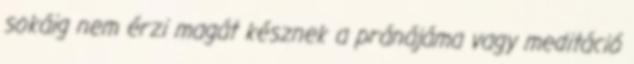
sokáig nem érzi magát késznek a pránájáma vagy meditáció